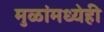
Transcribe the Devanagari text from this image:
मुळांमध्येही